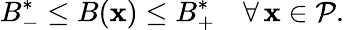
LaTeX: B_{-}^{*}\le B(\mathbf{x})\le B_{+}^{*}\quad\forall\, \mathbf{x}\in\mathcal{P}.